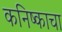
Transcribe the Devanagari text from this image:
कनिष्काचा